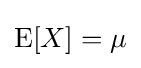
\operatorname {E} [X]=\mu